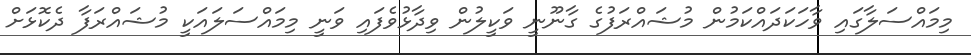
މިމައްސަލާގައި ވާހަކަދައްކަމުން މުޝައްރަފުގެ ގާނޫނީ ވަކީލުން ވިދާޅުވެފައި ވަނީ މިމައްސަލައަކީ މުޝައްރަފާ ދެކޮޅަށް